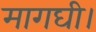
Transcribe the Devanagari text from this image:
मागघी।